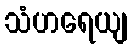
သံဟရေယျ